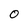
Character: 0